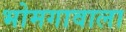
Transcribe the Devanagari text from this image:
भोमगावाला